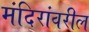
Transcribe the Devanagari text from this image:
मंदिरांवरील